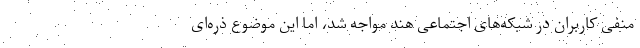
منفی کاربران در شبکه‌های اجتماعی هند مواجه شد، اما این موضوع ذره‌ای